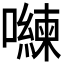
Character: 𭌈